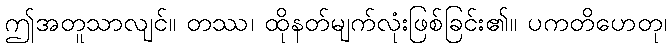
ဤအတူသာလျင်။ တဿ၊ ထိုနတ်မျက်လုံးဖြစ်ခြင်း၏။ ပကတိဟေတု၊